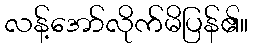
လန့်အော်လိုက်မိပြန်၏။